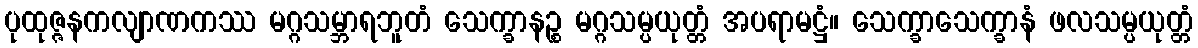
ပုထုဇ္ဇနကလျာဏကဿ မဂ္ဂသမ္ဘာရဘူတံ သေက္ခာနဉ္စ မဂ္ဂသမ္ပယုတ္တံ အပရာမဋ္ဌံ။ သေက္ခာသေက္ခာနံ ဖလသမ္ပယုတ္တံ